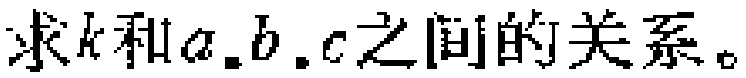
求\(k\)和\(a,b,c\)之间的关系。